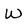
Character: W